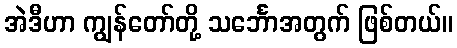
အဲဒီဟာ ကျွန်တော်တို့ သင်္ဘောအတွက် ဖြစ်တယ်။